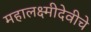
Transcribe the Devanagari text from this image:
महालक्ष्मीदेवीचे